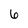
Character: 6